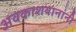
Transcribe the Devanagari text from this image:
अवकाशयानांनी